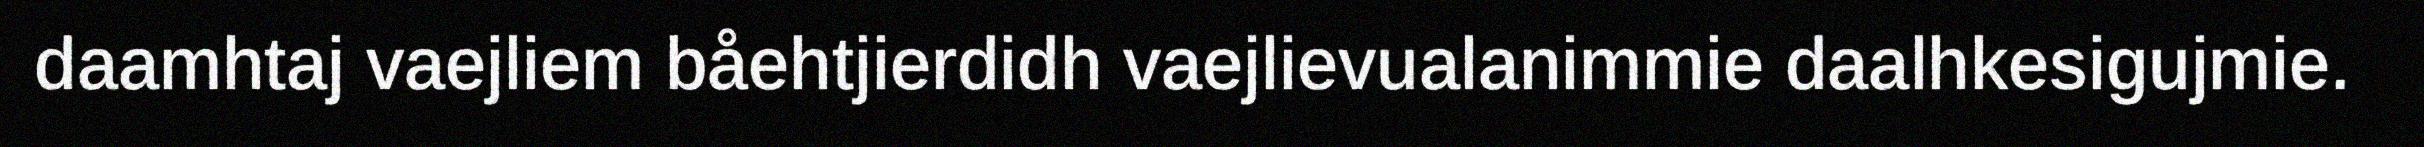
daamhtaj vaejliem båehtjierdidh vaejlievualanimmie daalhkesigujmie.